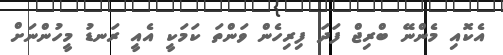
އެކޮއި މެންނޭ ބްރިޖް ފަދަ ފިރިހެން ވަންތަ ކަމަކީ އެއީ ރަނޑު މީހުންނަށް